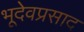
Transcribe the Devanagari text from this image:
भूदेवप्रसाद